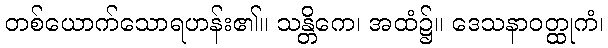
တစ်ယောက်သောရဟန်း၏။ သန္တိကေ၊ အထံ၌။ ဒေသနာဝတ္ထုကံ၊